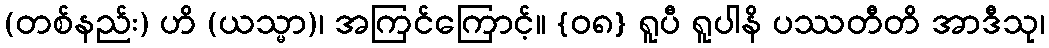
(တစ်နည်း) ဟိ (ယသ္မာ)၊ အကြင်ကြောင့်။ {၀၈} ရူပီ ရူပါနိ ပဿတီတိ အာဒီသု၊